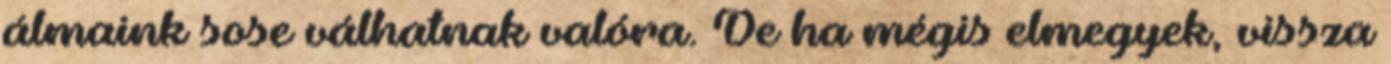
álmaink sose válhatnak valóra. De ha mégis elmegyek, vissza